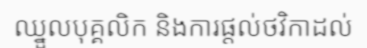
ឈ្នួលបុគ្គលិក និងការផ្តល់ថវិកាដល់